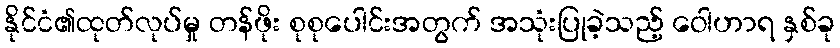
နိုင်ငံ၏ထုတ်လုပ်မှု တန်ဖိုး စုစုပေါင်းအတွက် အသုံးပြုခဲ့သည့် ဝေါဟာရ နှစ်ခု